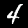
Label: 4